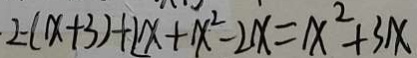
2 - ( x + 3 ) + 2 x + x ^ { 2 } - 2 x = x ^ { 2 } + 3 x